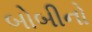
બોબીનો